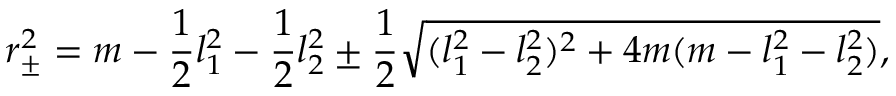
r _ { \pm } ^ { 2 } = m - { \frac { 1 } { 2 } } l _ { 1 } ^ { 2 } - { \frac { 1 } { 2 } } l _ { 2 } ^ { 2 } \pm { \frac { 1 } { 2 } } \sqrt { ( l _ { 1 } ^ { 2 } - l _ { 2 } ^ { 2 } ) ^ { 2 } + 4 m ( m - l _ { 1 } ^ { 2 } - l _ { 2 } ^ { 2 } ) } ,